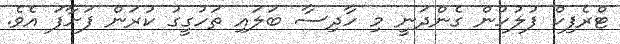
ޓްރެފިކް ފުލުހުން ގެންދަނީ މި ހާދިސާ ބަލައި ތަހުގީގު ކުރަން ފަށާފަ އެވެ.